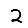
Digit: 2